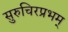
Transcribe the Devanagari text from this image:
सुरुचिरप्रभम्